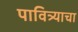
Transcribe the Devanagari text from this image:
पावित्र्याचा